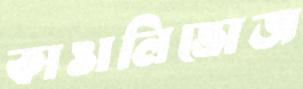
কাঙালিভোজ